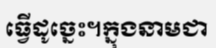
ធ្វើដូច្នេះ។ក្នុងនាមជា